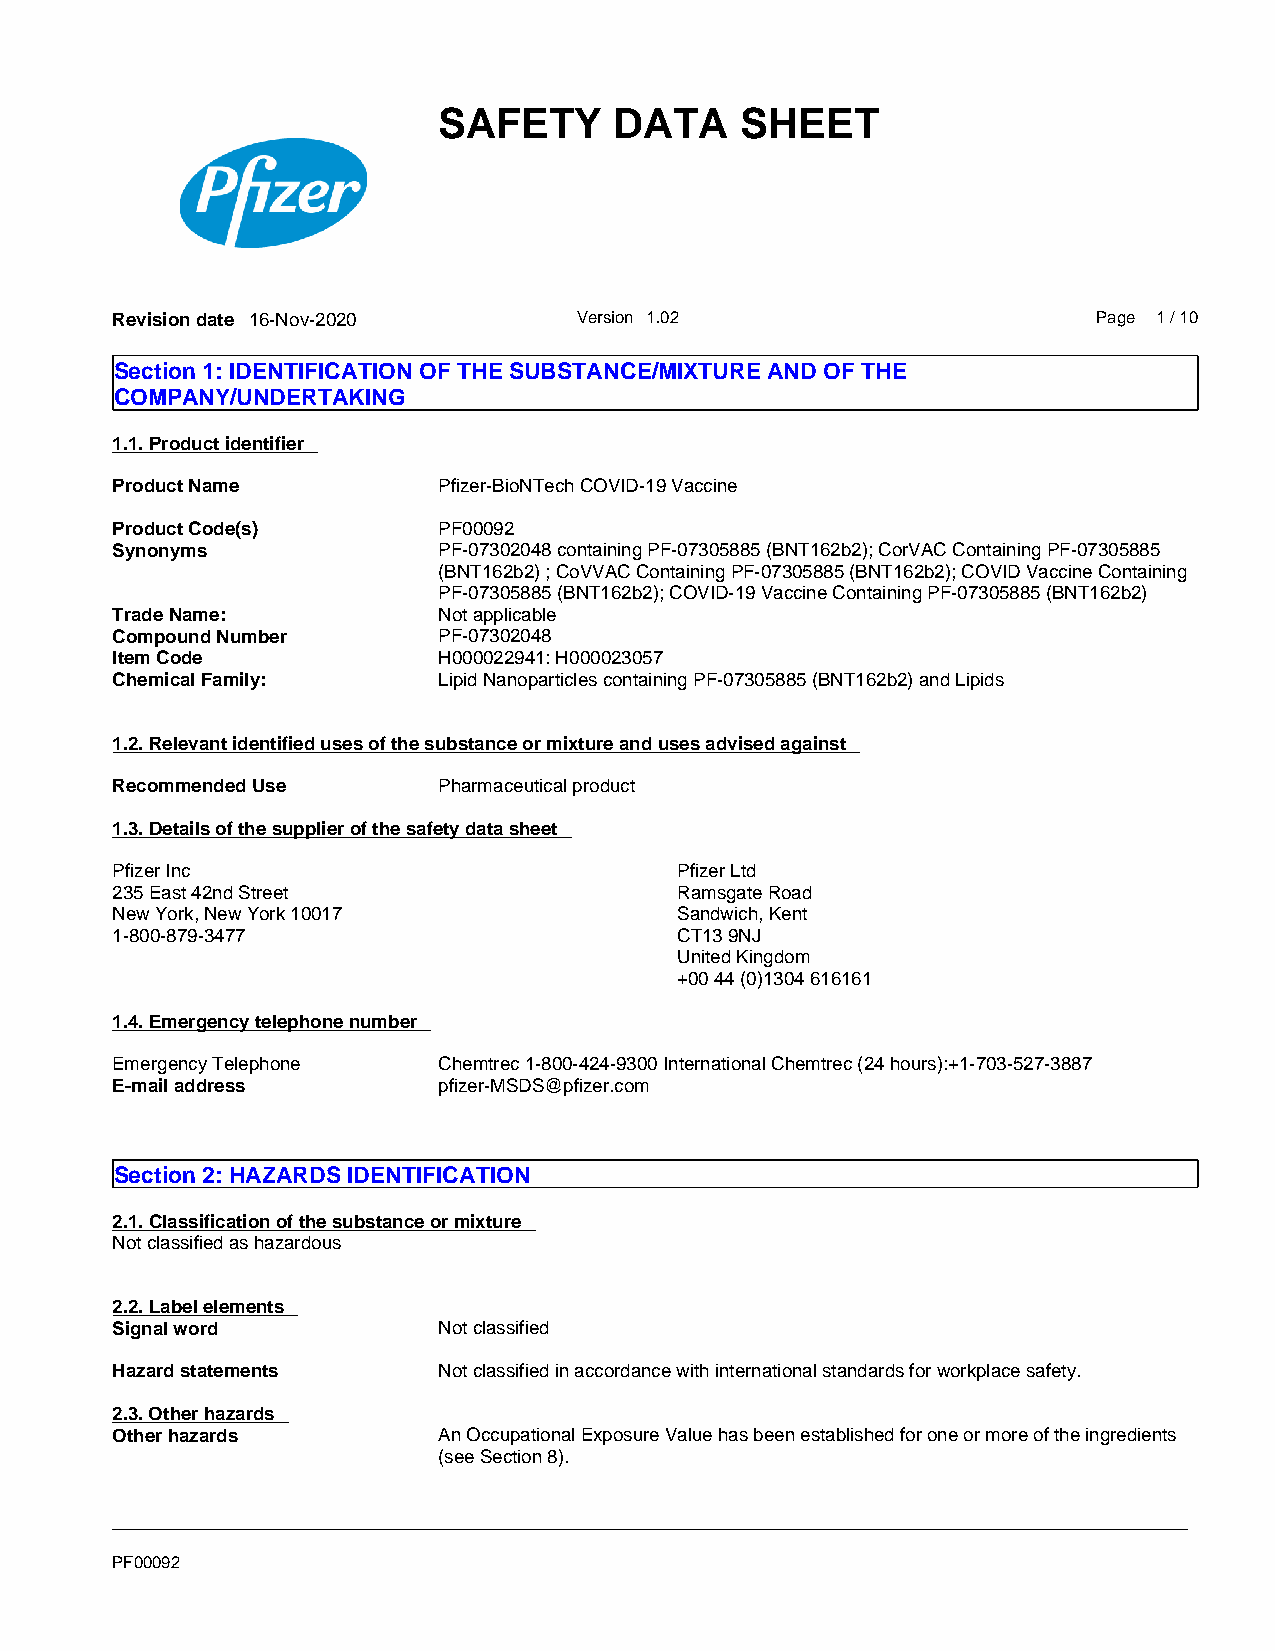
SAFETY      DATA    SHEET
 Revision date 16-Nov-2020      Version 1.02                       Page 1 / 10
 Section 1: IDENTIFICATION OF THE SUBSTANCE/MIXTURE AND OF THE
 COMPANY/UNDERTAKING
 1.1. Product identifier
 Product Name          Pfizer-BioNTech COVID-19 Vaccine
 Product Code(s)       PF00092
 Synonyms              PF-07302048 containing PF-07305885 (BNT162b2); CorVAC Containing PF-07305885
 (BNT162b2) ; CoVVAC Containing PF-07305885 (BNT162b2); COVID Vaccine Containing
 PF-07305885 (BNT162b2); COVID-19 Vaccine Containing PF-07305885 (BNT162b2)
 Trade Name:           Not applicable
 Compound Number       PF-07302048
 Item Code             H000022941: H000023057
 Chemical Family:      Lipid Nanoparticles containing PF-07305885 (BNT162b2) and Lipids
 1.2. Relevant identified uses of the substance or mixture and uses advised against
 Recommended Use       Pharmaceutical product
 1.3. Details of the supplier of the safety data sheet
 Pfizer Inc                            Pfizer Ltd
 235 East 42nd Street                  Ramsgate Road
 New York, New York 10017              Sandwich, Kent
 1-800-879-3477                        CT13 9NJ
 United Kingdom
 +00 44 (0)1304 616161
 1.4. Emergency telephone number
 Emergency Telephone   Chemtrec 1-800-424-9300 International Chemtrec (24 hours):+1-703-527-3887
 E-mail address        pfizer-MSDS@pfizer.com
 Section 2: HAZARDS IDENTIFICATION
 2.1. Classification of the substance or mixture
 Not classified as hazardous
 2.2. Label elements
 Signal word           Not classified
 Hazard statements     Not classified in accordance with international standards for workplace safety.
 2.3. Other hazards
 Other hazards         An Occupational Exposure Value has been established for one or more of the ingredients
 (see Section 8).
 _____________________________________________________________________________________________
 PF00092